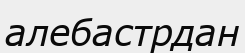
алебастрдан